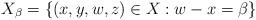
LaTeX: \begin{align*}X_\beta = \{ (x,y,w,z) \in X : w-x = \beta \}\end{align*}